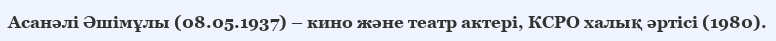
Асанәлі Әшімұлы (08.05.1937) – кино және театр актері, КСРО халық әртісі (1980).